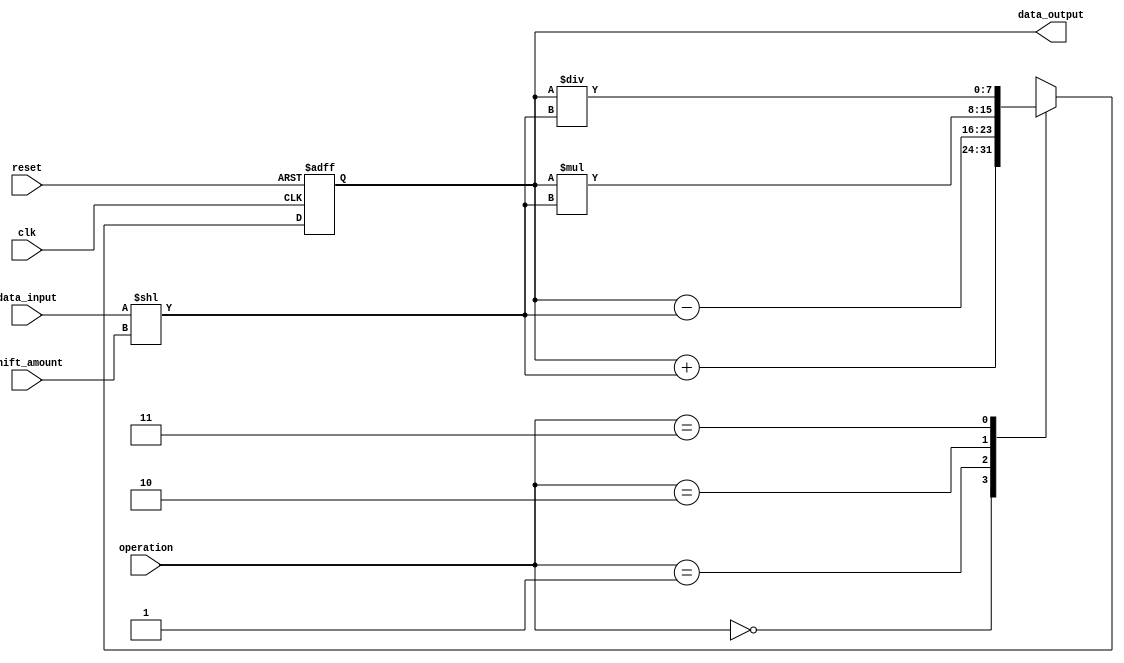
module fixed_point_shift_register (
    input clk,
    input reset,
    input [7:0] data_input,
    input [2:0] shift_amount,
    input [1:0] operation, // 00: addition, 01: subtraction, 10: multiplication, 11: division
    output reg [7:0] data_output
);

reg [7:0] shift_reg = 8'b0;

always @(posedge clk or posedge reset) begin
    if (reset) begin
        shift_reg <= 8'b0;
    end else begin
        case(operation)
            2'b00: shift_reg <= shift_reg + (data_input << shift_amount);
            2'b01: shift_reg <= shift_reg - (data_input << shift_amount);
            2'b10: shift_reg <= shift_reg * (data_input << shift_amount);
            2'b11: shift_reg <= shift_reg / (data_input << shift_amount);
            default: shift_reg <= shift_reg;
        endcase
    end
end

assign data_output = shift_reg;

endmodule